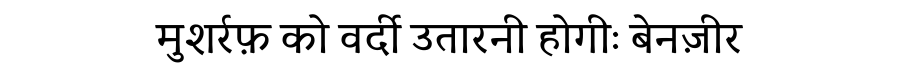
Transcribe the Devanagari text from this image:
मुशर्रफ़ को वर्दी उतारनी होगीः बेनज़ीर